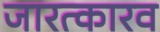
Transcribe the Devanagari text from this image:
जारत्कारव